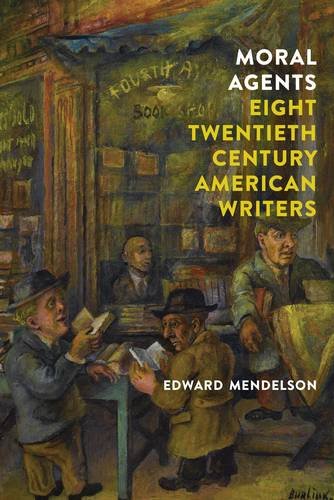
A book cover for Moral Agents: Eight Twentieth-Century American Writers; Edward Mendelson; Biographies & Memoirs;